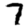
Digit: 7